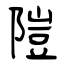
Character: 隑